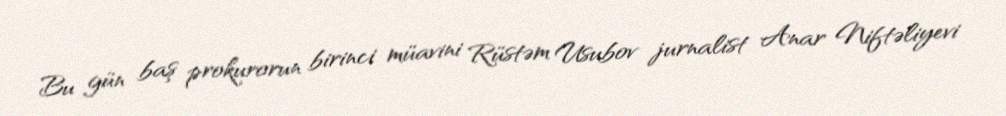
Bu gün baş prokurorun birinci müavini Rüstəm Usubov jurnalist Anar Niftəliyevi